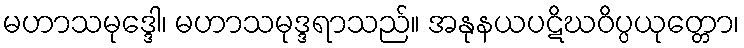
မဟာသမုဒ္ဒေါ၊ မဟာသမုဒ္ဒရာသည်။ အနုနယပဋိဃဝိပ္ပယုတ္တော၊